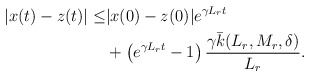
\begin{align*}\begin{aligned}|x(t)-z(t)| \le & |x(0)-z(0)| e^{\gamma L_r t}\\&+\left(e^{\gamma L_r t} -1\right) \dfrac{\gamma \bar k(L_r,M_r, \delta)}{L_r }.\end{aligned}\end{align*}